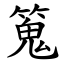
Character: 䈭